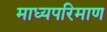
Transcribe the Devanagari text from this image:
माध्यपरिमाण